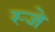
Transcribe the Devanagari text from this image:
स्जे